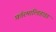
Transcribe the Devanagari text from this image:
फ़ॉरमाल्डिहाइड